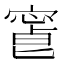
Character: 𡪥